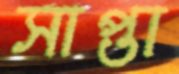
সাপ্তা